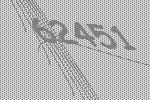
62451